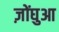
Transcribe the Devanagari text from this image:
ज़ोंघुआ